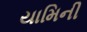
યામિની